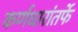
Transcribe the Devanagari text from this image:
कर्णधारांतर्फे